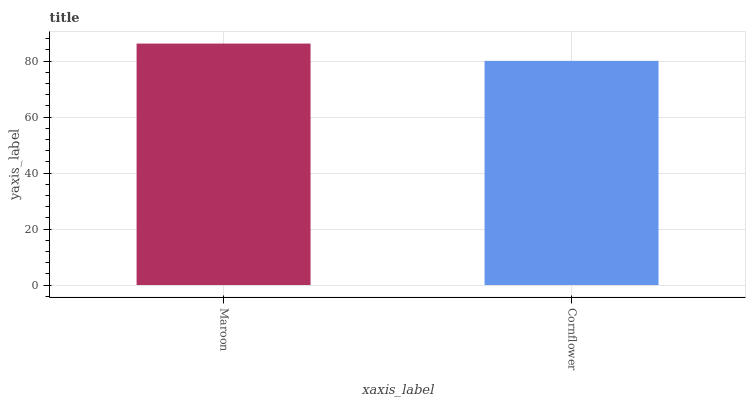
| xaxis_label | bars |
 | --- | --- |
 | Maroon | 86.3 |
 | Cornflower | 80.1 |